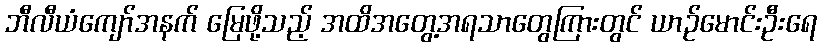
ဘီလီယံကျော်အနက် မြေဖို့သည့် အထိအတွေ့အရသာတွေကြားတွင် ယာဉ်မောင်းဦးရေ